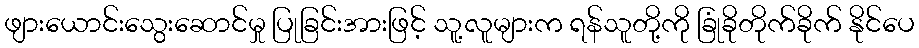
ဖျားယောင်းသွေးဆောင်မှု ပြုခြင်းအားဖြင့် သူ့လူများက ရန်သူတို့ကို ခြုံခိုတိုက်ခိုက် နိုင်ပေ